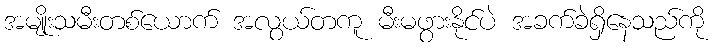
အမျိုးသမီးတစ်ယောက် အလွယ်တကူ မီးမဖွားနိုင်ပဲ အခက်ခဲရှိနေသည်ကို